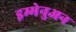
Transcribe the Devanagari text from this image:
इम्मेनुअन